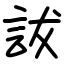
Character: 詙